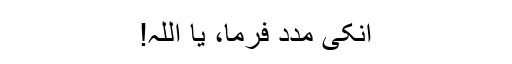
انکی مدد فرما، یا اللہ!